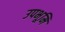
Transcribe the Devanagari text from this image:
उपभूमि